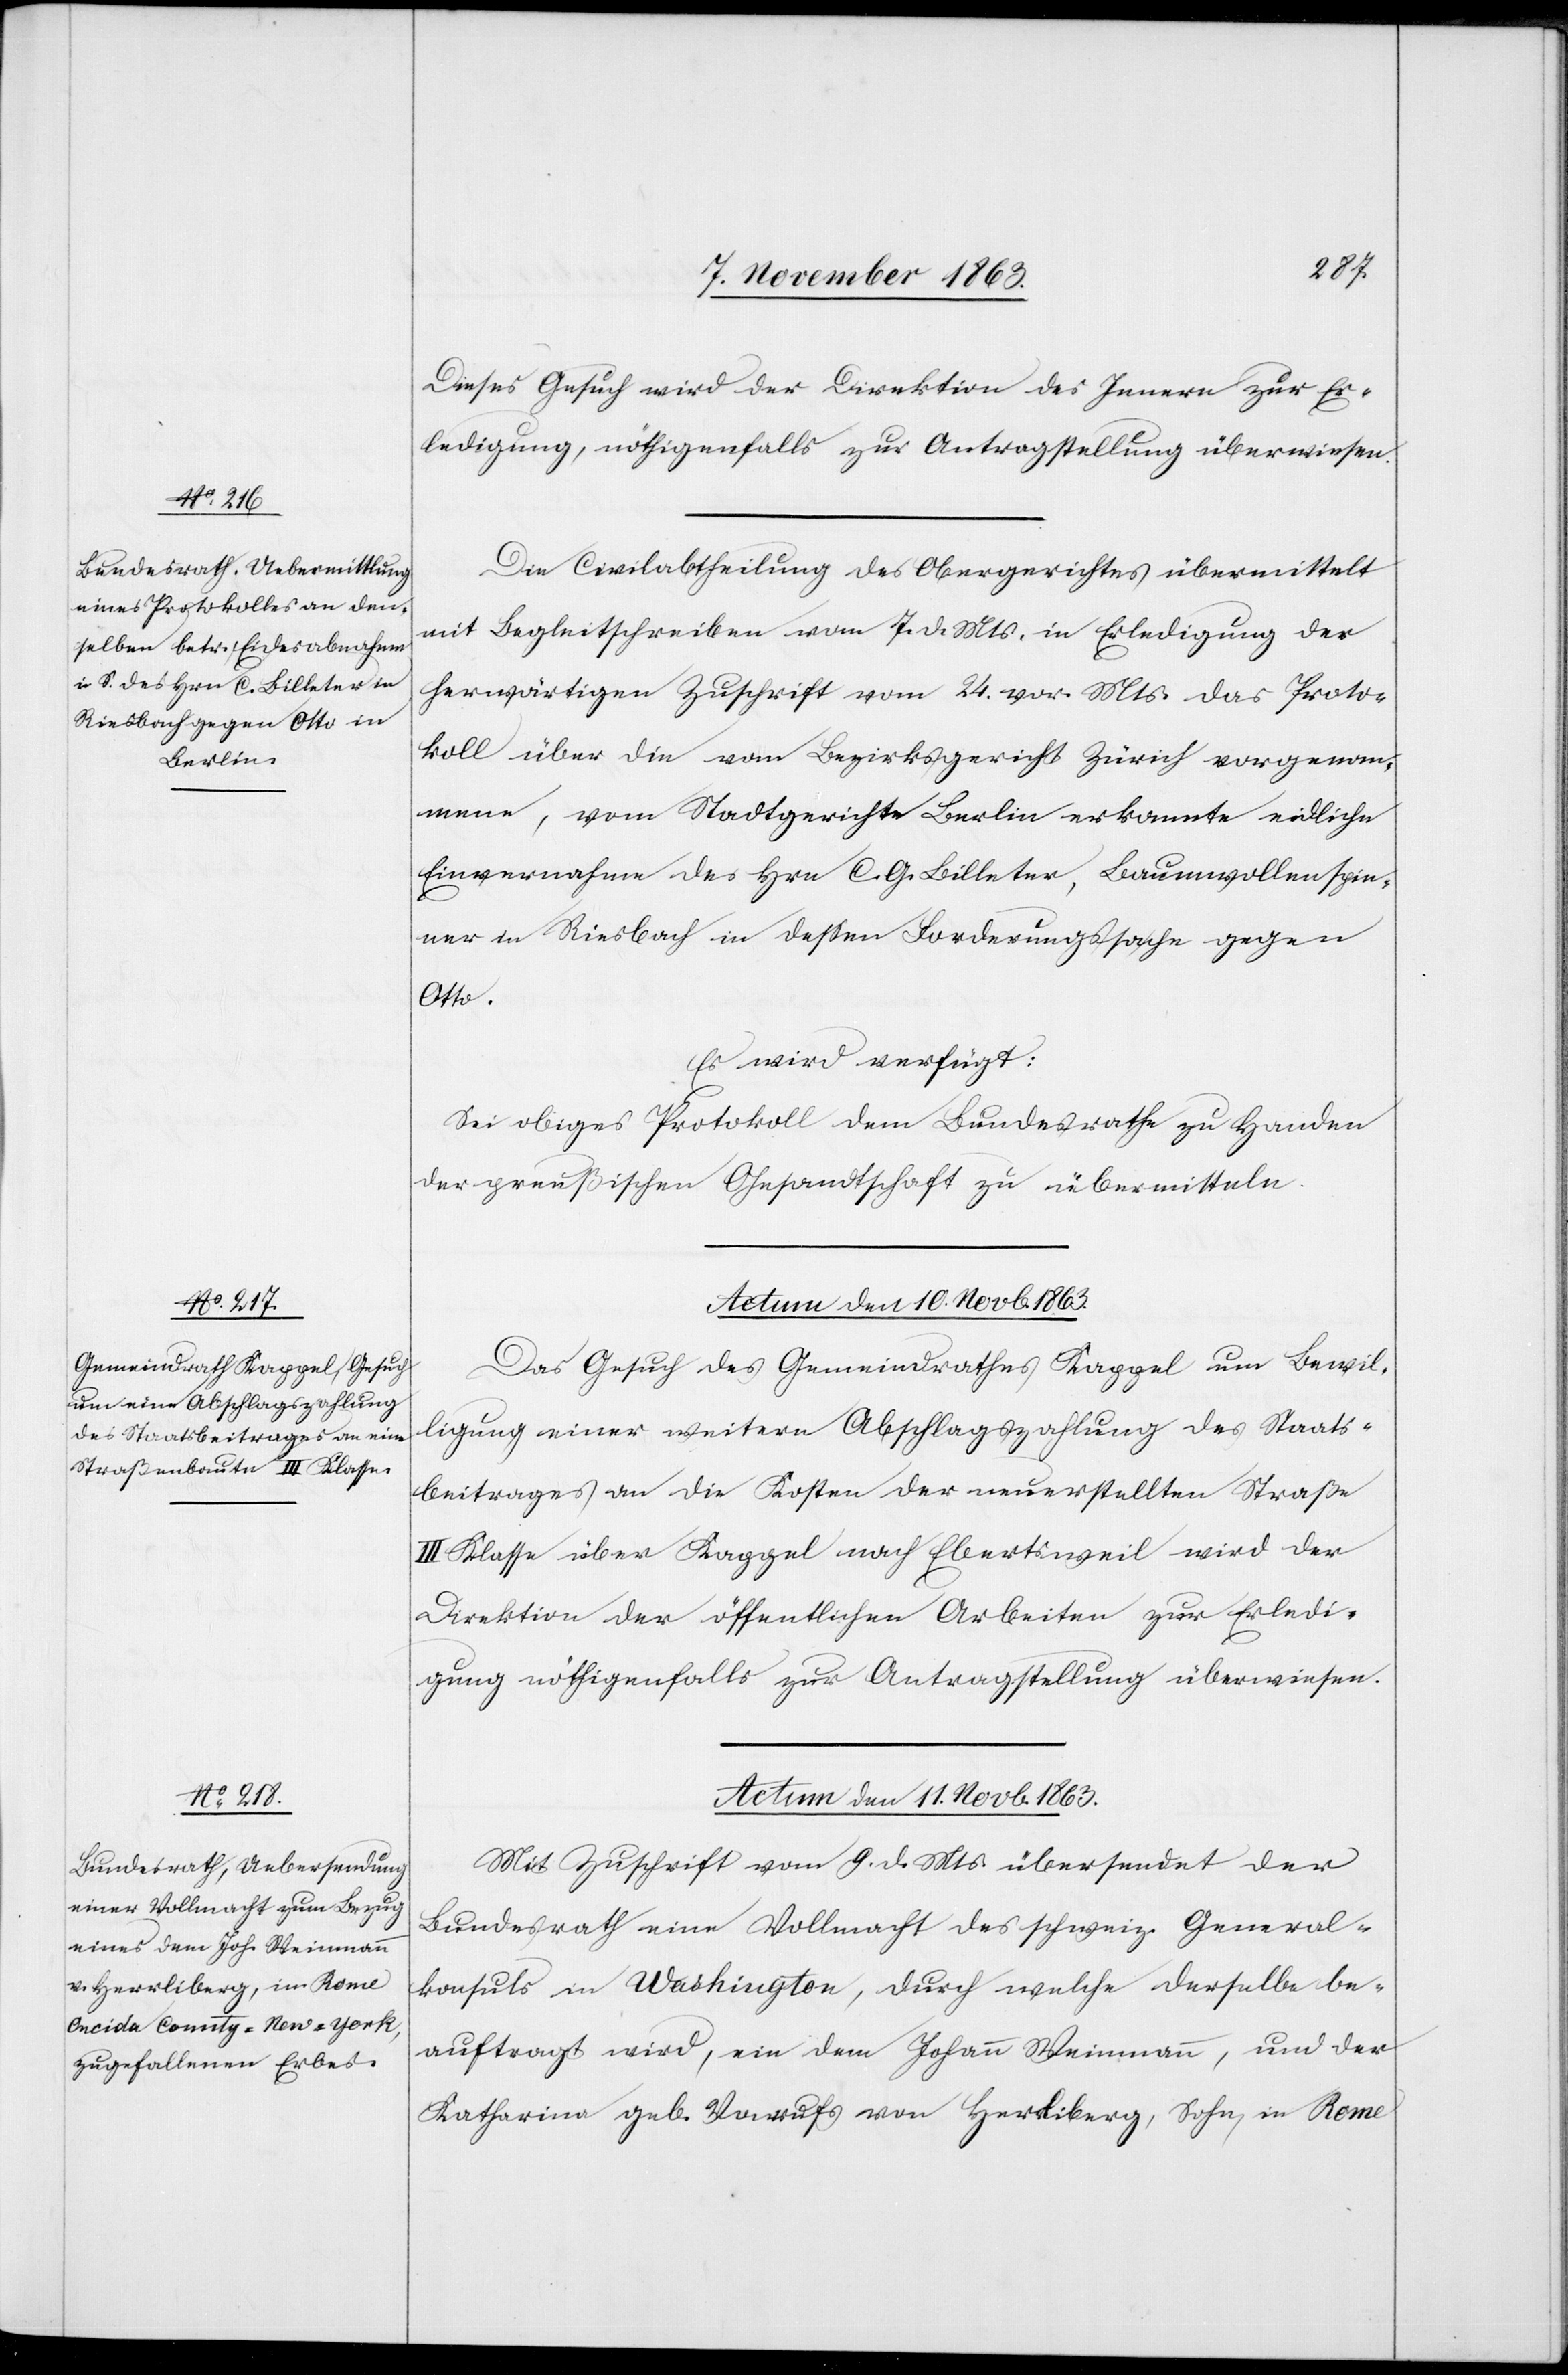
Dieses Gesuch wird der Direktion des Innern zur Er¬
ledigung, nöthigenfalls zur Antragstellung überwiesen.
Die Civilabtheilung des Obergerichtes übermittelt
mit Begleitschreiben vom 7. d. Mts. in Erledigung der
herwärtigen Zuschrift vom 24. vor. Mts. das Proto¬
koll über die vom Bezirksgericht Zürich vorgenom¬
mene, vom Stadtgerichte Berlin erkannte eidliche
Einvernahme des Hrn C. G. Billeter, Baumwollenspin¬
ner in Riesbach in dessen Forderungssache gegen
Otto.
Es wird verfügt:
Sei obiges Protokoll dem Bundesrathe zu Handen
der preußischen Gesandtschaft zu übermitteln.
Actum den 10. Novb. 1863.
Das Gesuch des Gemeindrathes Kappel um Bewil¬
ligung einer weitern Abschlagszahlung des Staats¬
beitrages an die Kosten der neuerstellten Straße
III Klasse über Kappel nach Ebertsweil wird der
Direktion der öffentlichen Arbeiten zur Erledi¬
gung nöthigenfalls zur Antragstellung überwiesen.
Actum den 11. Novb. 1863.
Mit Zuschrift vom 9. d. Mts. übersendet der
Bundesrath eine Vollmacht des schweiz. General¬
konsuls in Washington, durch welche derselbe be¬
auftragt wird, ein dem Johann Weinmann, und der
Katharina geb. Vonrufs von Herrliberg, Sohn, in Rome